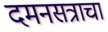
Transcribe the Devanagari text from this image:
दमनसत्राचा